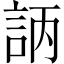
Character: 𧦿